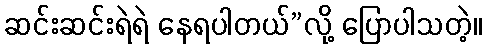
ဆင်းဆင်းရဲရဲ နေရပါတယ်”လို့ ပြောပါသတဲ့။